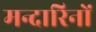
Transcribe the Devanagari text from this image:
मन्दारिनों